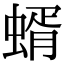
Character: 蝑